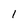
Character: 1